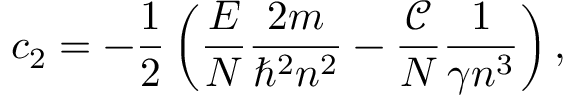
c _ { 2 } = - \frac { 1 } { 2 } \left( \frac { E } { N } \frac { 2 m } { \hbar ^ { 2 } n ^ { 2 } } - \frac { \mathcal { C } } { N } \frac { 1 } { \gamma n ^ { 3 } } \right) ,